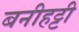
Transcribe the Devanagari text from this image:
बनीहट्टी